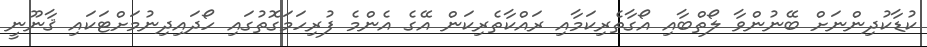
ކުޑާކުދިންނަށް ބޭނުންވާ ލޯތްބާއި އޯގާތެރިކަމާއި ރައްކާތެރިކަން އޭގެ އެންމެ ފުރިހަމަގޮތުގައި ހޯދައިދިނުމަށްޓަކައި ޤާނޫނީ